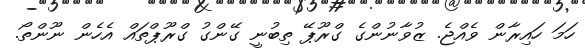
ހަމަ ހައިރާން ވެއްޖެ. ޒުވާނުންގެ ގްރޫޕޭ ތިބުނީ ގޭންގު ގްރޫޕްތައް އެހެން ނޫންތޯ.